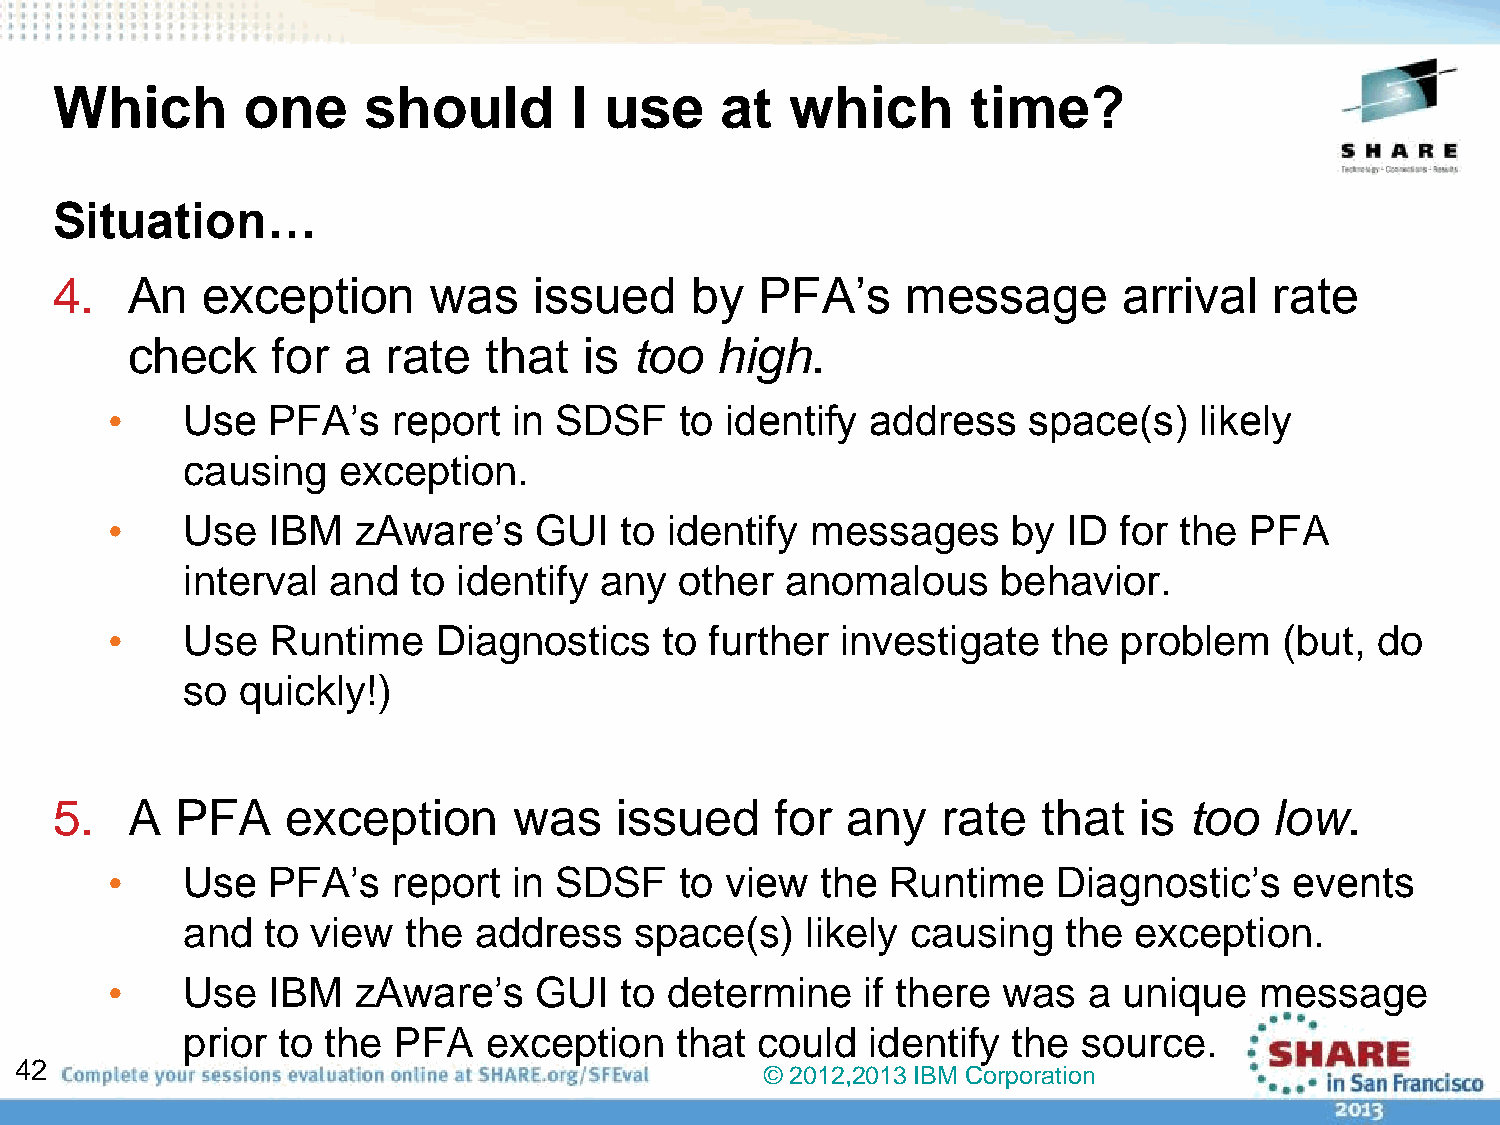
Which        one     should        I use     at  which       time?
 Situation…
 4.   An   exception       was   issued     by  PFA’s     message       arrival   rate
 check     for  a  rate  that   is too  high.
 •    Use   PFA’s   report  in SDSF    to identify  address   space(s)   likely
 causing   exception.
 •    Use   IBM  zAware’s    GUI   to identify  messages     by  ID for the  PFA
 interval  and  to identify  any  other  anomalous     behavior.
 •    Use   Runtime    Diagnostics    to further  investigate   the problem    (but, do
 so  quickly!)
 5.   A   PFA    exception      was    issued    for  any   rate   that  is  too  low.
 •    Use   PFA’s   report  in SDSF    to view  the  Runtime    Diagnostic’s    events
 and   to view  the address    space(s)   likely causing    the exception.
 •    Use   IBM  zAware’s    GUI   to determine    if there was   a unique   message
 prior to the  PFA   exception    that could  identify  the  source.
 42
 © 2012,2013 IBM Corporation